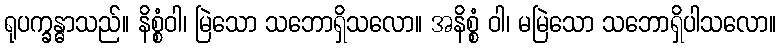
ရုပက္ခန္ဓာသည်။ နိစ္စံဝါ၊ မြဲသော သဘောရှိသလော။ အနိစ္စံ ဝါ၊ မမြဲသော သဘောရှိပါသလော။